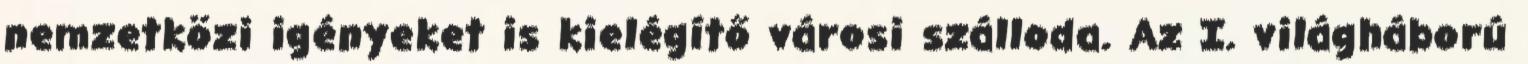
nemzetközi igényeket is kielégítő városi szálloda. Az I. világháború